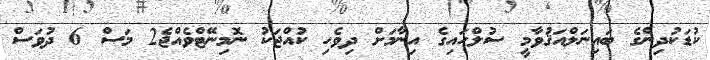
ކުޑަކުދިންގެ ބައިނަލްއަޤުވާމީ ސުލްހައިގެ އިނާމަށް ދިވެހި ކުއްޖަކު ނޮމިނޭޓްވެއްޖެ2 މަސް 6 ދުވަސް